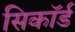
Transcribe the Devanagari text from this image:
सिकॉर्ड